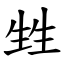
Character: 甡